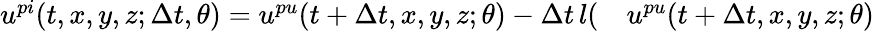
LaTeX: \begin{array}{rl}{u^{pi}(t,x,y,z;\Delta t,\theta)=u^{pu}(t+\Delta t,x,y,z;\theta)-\Delta t\, l(}&{{}u^{pu}(t+\Delta t,x,y,z;\theta)}\end{array}